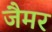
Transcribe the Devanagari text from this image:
जैमर